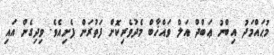
މުޙައްމަދު އިބްނު ޢަބްދް އަލް ވައްޚާބް މެދުވެރިކޮށް ފަތުރަން ފެށިއެވެ. ވިދިގެން އައި